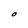
Character: O